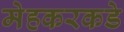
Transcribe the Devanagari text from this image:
मेहकरकडे